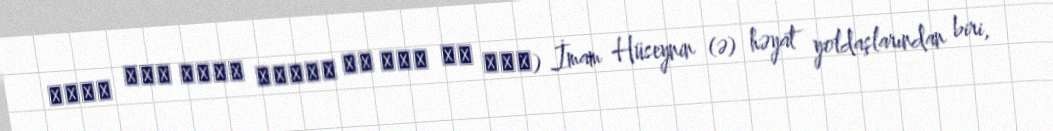
رباب بنت امرئ القيس بن عدى بن أوس) İmam Hüseynin (ə) həyat yoldaşlarından biri,